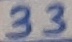
Text: 33